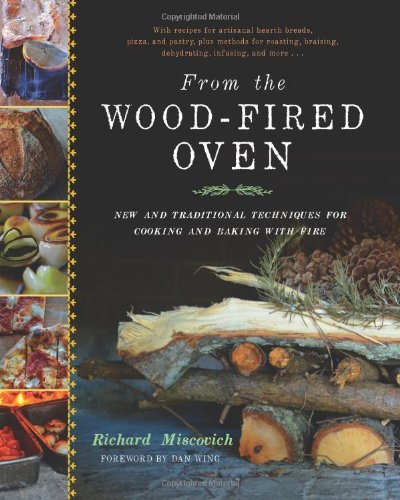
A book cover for From the Wood-Fired Oven: New and Traditional Techniques for Cooking and Baking with Fire; Richard Miscovich; Engineering & Transportation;